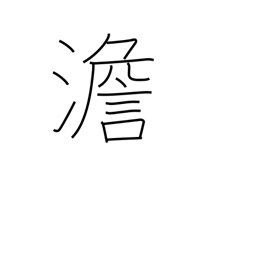
Meaning: bland